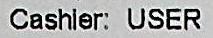
CASHIER: USER